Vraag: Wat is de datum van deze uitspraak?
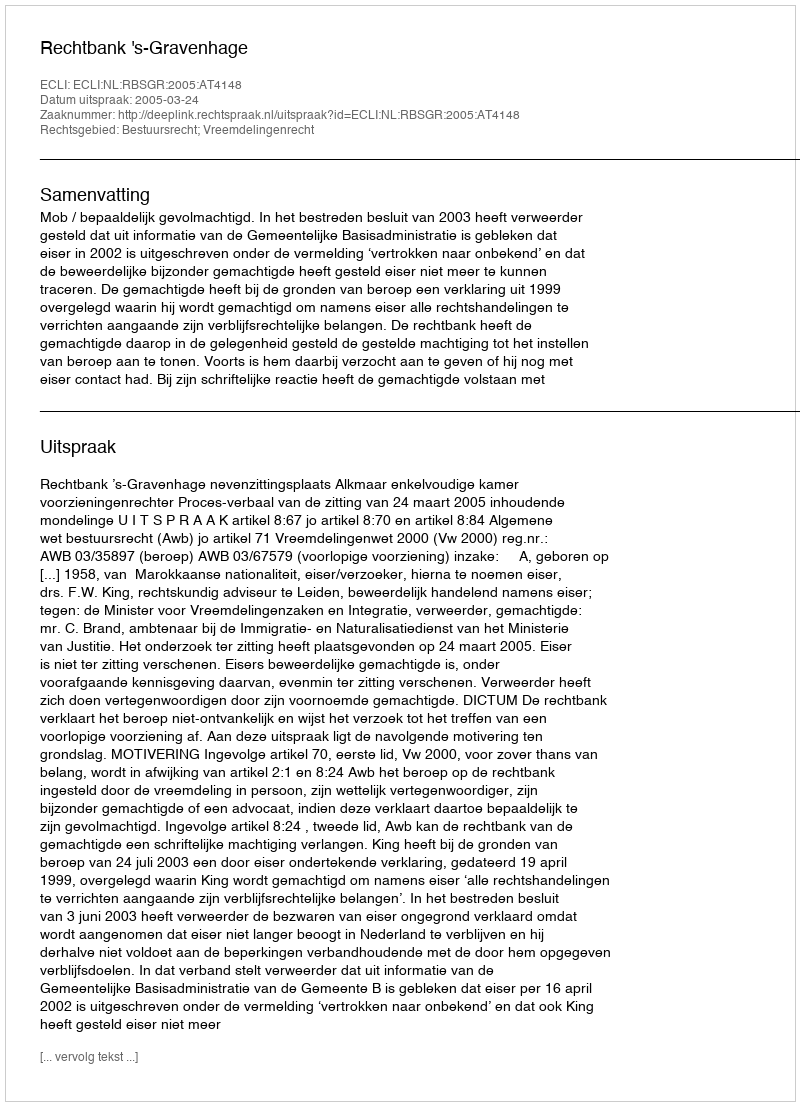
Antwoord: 2005-03-24